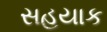
સહયાક